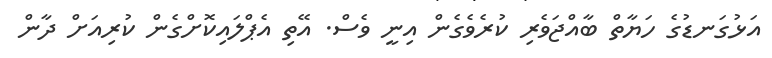
އަޅުގަނޑުގެ ހަޔާތް ބާއްޖަވެރި ކުރެވެގެން އިނީ ވެސް. އޭތި އެޕްލައިކޮށްގެން ކުރިއަށް ދާން